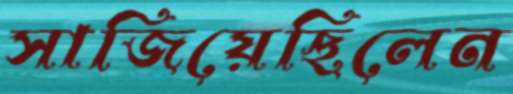
সাজিয়েছিলেন